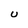
Character: U